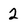
Character: 2